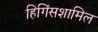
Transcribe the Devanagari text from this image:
हिगिंसशामिल